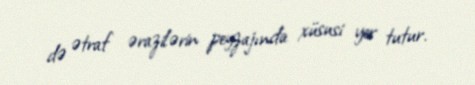
də ətraf ərazilərin peyzajında xüsusi yer tutur.